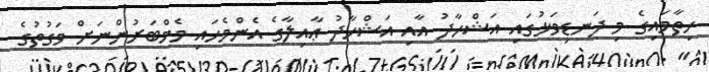
ހިތާމައިގެ މި ދަނޑިވަޅުގައި އަޝްހާދު އާއި އަޝްހާދު ޢާއިލާގެ އެންމެހައި މެމްބަރުންނަށް ވަގުތުގެ